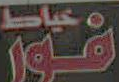
فور